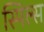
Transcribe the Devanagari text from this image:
स्पिल्स